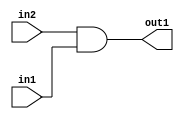
`timescale 1ps / 1ps
/*****************************************************************************
    Verilog RTL Description
    
    
    Created by: Stratus DpOpt 2019.1.01 
*******************************************************************************/

module DC_Filter_And_1Ux1U_1U_1 (
	in2,
	in1,
	out1
	); /* architecture "behavioural" */ 
input  in2,
	in1;
output  out1;
wire  asc001;

assign asc001 = 
	(in2)
	&(in1);

assign out1 = asc001;
endmodule

/* CADENCE  urX2Sgs= : u9/ySgnWtBlWxVPRXgAZ4Og= ** DO NOT EDIT THIS LINE ******/